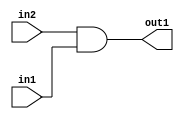
`timescale 1ps / 1ps
/*****************************************************************************
    Verilog RTL Description
    
    
    Created by: Stratus DpOpt 2019.1.01 
*******************************************************************************/

module DC_Filter_And_1Ux1U_1U_1 (
	in2,
	in1,
	out1
	); /* architecture "behavioural" */ 
input  in2,
	in1;
output  out1;
wire  asc001;

assign asc001 = 
	(in2)
	&(in1);

assign out1 = asc001;
endmodule

/* CADENCE  urX2Sgs= : u9/ySgnWtBlWxVPRXgAZ4Og= ** DO NOT EDIT THIS LINE ******/